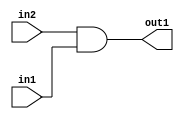
`timescale 1ps / 1ps
/*****************************************************************************
    Verilog RTL Description
    
    
    Created by: Stratus DpOpt 2019.1.01 
*******************************************************************************/

module DC_Filter_And_1Ux1U_1U_1 (
	in2,
	in1,
	out1
	); /* architecture "behavioural" */ 
input  in2,
	in1;
output  out1;
wire  asc001;

assign asc001 = 
	(in2)
	&(in1);

assign out1 = asc001;
endmodule

/* CADENCE  urX2Sgs= : u9/ySgnWtBlWxVPRXgAZ4Og= ** DO NOT EDIT THIS LINE ******/